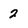
Character: 2